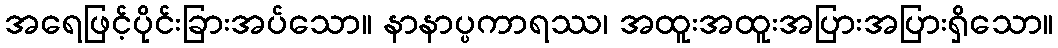
အရေဖြင့်ပိုင်းခြားအပ်သော။ နာနာပ္ပကာရဿ၊ အထူးအထူးအပြားအပြားရှိသော။